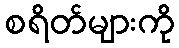
စရိတ်များကို